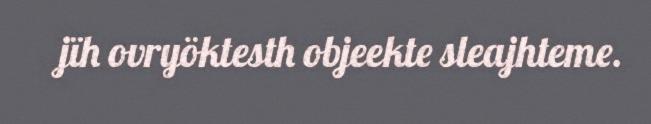
jïh ovryöktesth objeekte sleajhteme.